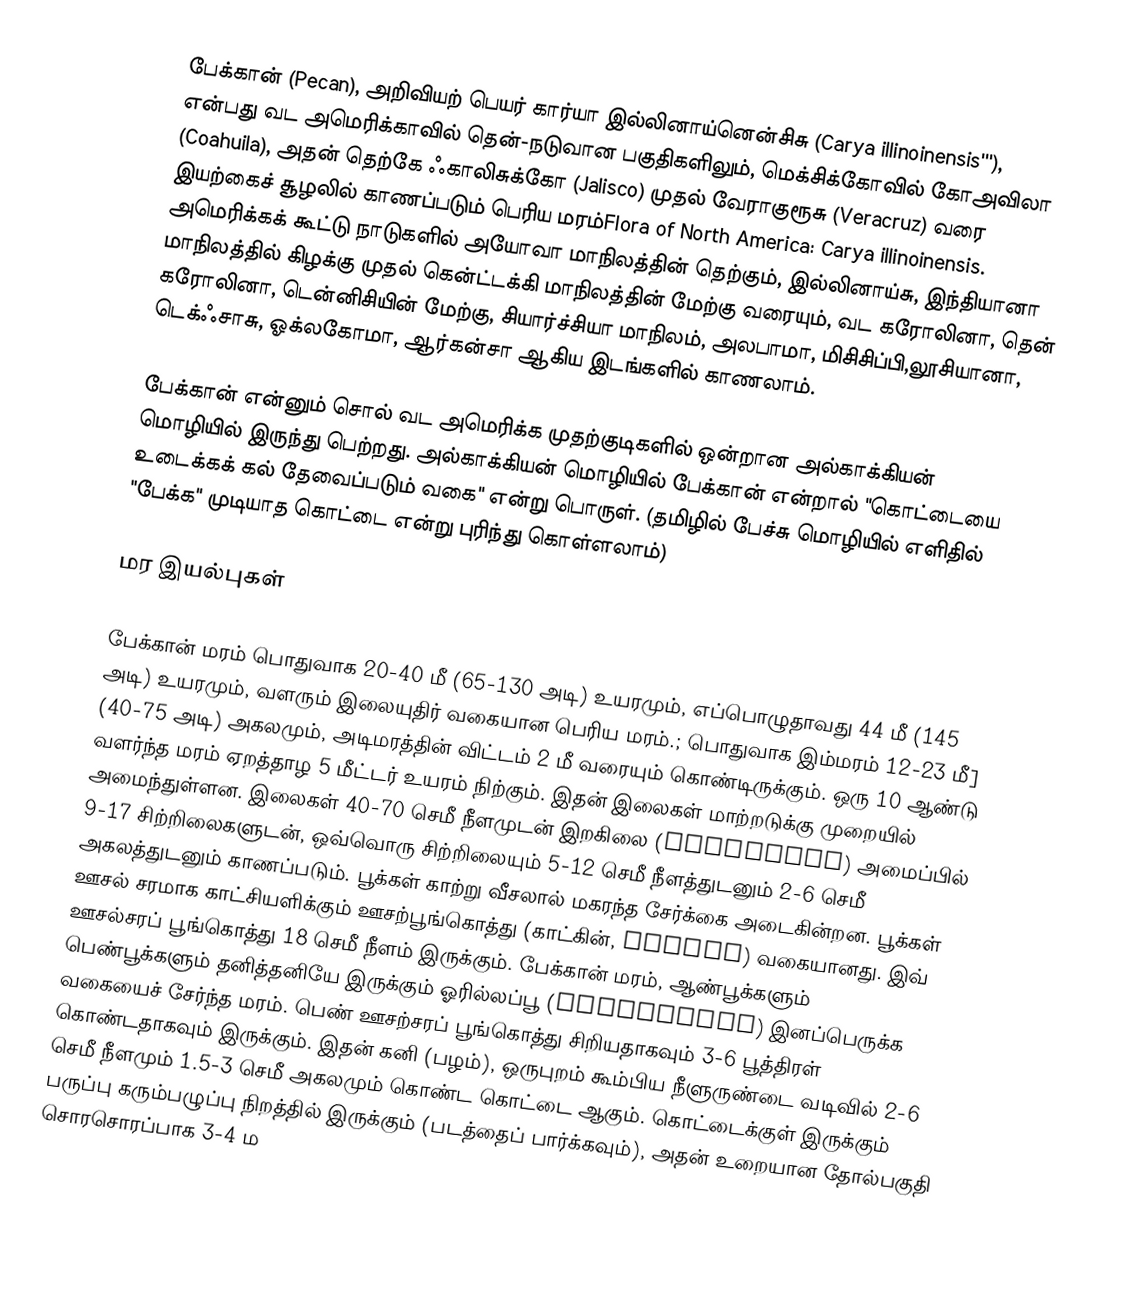
பேக்கான் (Pecan), அறிவியற் பெயர் கார்யா இல்லினாய்னென்சிசு (Carya illinoinensis'''), என்பது வட அமெரிக்காவில் தென்-நடுவான பகுதிகளிலும், மெக்சிக்கோவில் கோஅவிலா (Coahuila), அதன் தெற்கே ஃகாலிசுக்கோ (Jalisco) முதல் வேராகுரூசு (Veracruz) வரை இயற்கைச் சூழலில் காணப்படும் பெரிய மரம்Flora of North America: Carya illinoinensis. அமெரிக்கக் கூட்டு நாடுகளில் அயோவா மாநிலத்தின் தெற்கும், இல்லினாய்சு, இந்தியானா மாநிலத்தில் கிழக்கு முதல் கென்ட்டக்கி மாநிலத்தின் மேற்கு வரையும், வட கரோலினா, தென் கரோலினா, டென்னிசியின் மேற்கு, சியார்ச்சியா மாநிலம், அலபாமா, மிசிசிப்பி,லூசியானா, டெக்ஃசாசு, ஓக்லகோமா, ஆர்கன்சா ஆகிய இடங்களில் காணலாம்.

பேக்கான் என்னும் சொல் வட அமெரிக்க முதற்குடிகளில் ஒன்றான அல்காக்கியன் மொழியில் இருந்து பெற்றது. அல்காக்கியன் மொழியில் பேக்கான் என்றால் "கொட்டையை உடைக்கக் கல் தேவைப்படும் வகை" என்று பொருள். (தமிழில் பேச்சு மொழியில் எளிதில் "பேக்க" முடியாத கொட்டை என்று புரிந்து கொள்ளலாம்)

 மர இயல்புகள்

பேக்கான் மரம் பொதுவாக 20-40 மீ (65-130 அடி) உயரமும், எப்பொழுதாவது 44 மீ (145 அடி) உயரமும், வளரும் இலையுதிர் வகையான பெரிய மரம்.; பொதுவாக இம்மரம் 12-23 மீ] (40-75 அடி) அகலமும், அடிமரத்தின் விட்டம் 2 மீ வரையும் கொண்டிருக்கும். ஒரு 10 ஆண்டு வளர்ந்த மரம் ஏறத்தாழ 5 மீட்டர் உயரம் நிற்கும். இதன் இலைகள் மாற்றடுக்கு முறையில் அமைந்துள்ளன. இலைகள் 40-70 செமீ நீளமுடன் இறகிலை (pinnately) அமைப்பில் 9-17 சிற்றிலைகளுடன், ஒவ்வொரு சிற்றிலையும் 5-12 செமீ நீளத்துடனும் 2-6 செமீ அகலத்துடனும் காணப்படும். பூக்கள் காற்று வீசலால் மகரந்த சேர்க்கை அடைகின்றன. பூக்கள் ஊசல் சரமாக காட்சியளிக்கும் ஊசற்பூங்கொத்து (காட்கின், catkin) வகையானது. இவ் ஊசல்சரப் பூங்கொத்து 18 செமீ நீளம் இருக்கும். பேக்கான் மரம், ஆண்பூக்களும் பெண்பூக்களும் தனித்தனியே இருக்கும் ஓரில்லப்பூ (monoecious) இனப்பெருக்க வகையைச் சேர்ந்த மரம். பெண் ஊசற்சரப் பூங்கொத்து சிறியதாகவும் 3-6 பூத்திரள் கொண்டதாகவும் இருக்கும். இதன் கனி (பழம்), ஒருபுறம் கூம்பிய நீளுருண்டை வடிவில் 2-6 செமீ நீளமும் 1.5-3 செமீ அகலமும் கொண்ட கொட்டை ஆகும். கொட்டைக்குள் இருக்கும் பருப்பு கரும்பழுப்பு நிறத்தில் இருக்கும் (படத்தைப் பார்க்கவும்), அதன் உறையான தோல்பகுதி சொரசொரப்பாக 3-4 ம